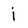
Character: j